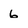
Character: 6